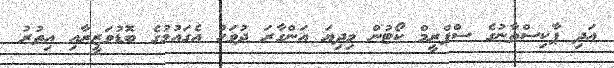
އަދި ޕާކިސްތާނުގެ ސްޕްރީމް ކޯޓުން މިދިޔަ އަންގާރަ ދުވަހު އެގައުމުގެ ބޮޑުވަޒީރާއި އިތުރު